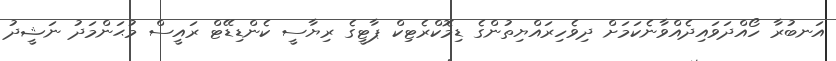
އަނބުރާ ހޯއްދަވައިދެއްވާނެކަމަށް ދިވެހިރައްޔިތުންގެ ޑިމޮކްރެޓިކް ޕާޓީގެ ރިޔާސީ ކެންޑިޑޭޓް ރައީސް މުޙަންމަދު ނަޝީދު